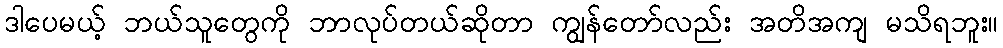
ဒါပေမယ့် ဘယ်သူတွေကို ဘာလုပ်တယ်ဆိုတာ ကျွန်တော်လည်း အတိအကျ မသိရဘူး။